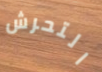
التحرش